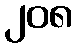
၂၀၈